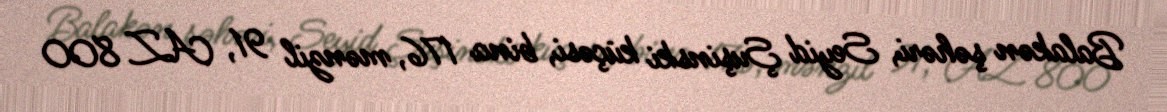
Balakən şəhəri, Seyid Şuşinski küçəsi, bina 176, mənzil 91, AZ 800